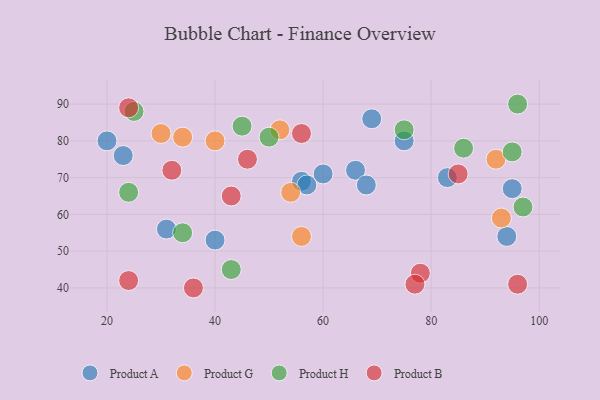
{"axis": {"x": "GDP", "y": "Life Expectancy"}, "legend": ["Product A", "Product B", "Product G", "Product H"], "data": [{"x": "94", "y": 54, "type": "Product A"}, {"x": "66", "y": 72, "type": "Product A"}, {"x": "40", "y": 53, "type": "Product A"}, {"x": "20", "y": 80, "type": "Product A"}, {"x": "31", "y": 56, "type": "Product A"}, {"x": "83", "y": 70, "type": "Product A"}, {"x": "75", "y": 80, "type": "Product A"}, {"x": "56", "y": 69, "type": "Product A"}, {"x": "68", "y": 68, "type": "Product A"}, {"x": "57", "y": 68, "type": "Product A"}, {"x": "95", "y": 67, "type": "Product A"}, {"x": "60", "y": 71, "type": "Product A"}, {"x": "23", "y": 76, "type": "Product A"}, {"x": "69", "y": 86, "type": "Product A"}, {"x": "92", "y": 75, "type": "Product G"}, {"x": "93", "y": 59, "type": "Product G"}, {"x": "52", "y": 83, "type": "Product G"}, {"x": "30", "y": 82, "type": "Product G"}, {"x": "54", "y": 66, "type": "Product G"}, {"x": "56", "y": 54, "type": "Product G"}, {"x": "34", "y": 81, "type": "Product G"}, {"x": "40", "y": 80, "type": "Product G"}, {"x": "75", "y": 83, "type": "Product H"}, {"x": "86", "y": 78, "type": "Product H"}, {"x": "96", "y": 90, "type": "Product H"}, {"x": "97", "y": 62, "type": "Product H"}, {"x": "45", "y": 84, "type": "Product H"}, {"x": "95", "y": 77, "type": "Product H"}, {"x": "50", "y": 81, "type": "Product H"}, {"x": "25", "y": 88, "type": "Product H"}, {"x": "24", "y": 66, "type": "Product H"}, {"x": "43", "y": 45, "type": "Product H"}, {"x": "34", "y": 55, "type": "Product H"}, {"x": "24", "y": 89, "type": "Product B"}, {"x": "56", "y": 82, "type": "Product B"}, {"x": "85", "y": 71, "type": "Product B"}, {"x": "78", "y": 44, "type": "Product B"}, {"x": "43", "y": 65, "type": "Product B"}, {"x": "36", "y": 40, "type": "Product B"}, {"x": "24", "y": 42, "type": "Product B"}, {"x": "46", "y": 75, "type": "Product B"}, {"x": "32", "y": 72, "type": "Product B"}, {"x": "77", "y": 41, "type": "Product B"}, {"x": "96", "y": 41, "type": "Product B"}]}